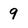
Character: 9